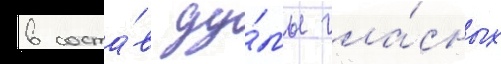
в соста́в ду́мы гла́сных